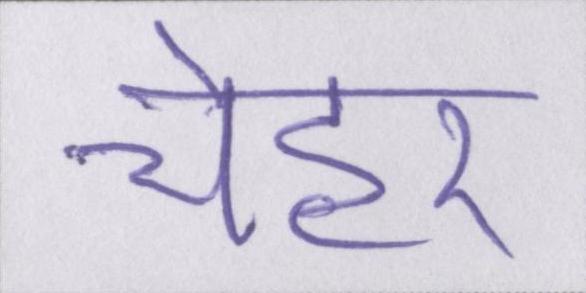
चेहरे